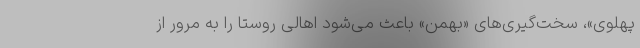
پهلوی»، سخت‌گیری‌های «بهمن» باعث می‌شود اهالی روستا را به مرور از